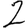
Digit: 2